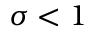
\sigma < 1